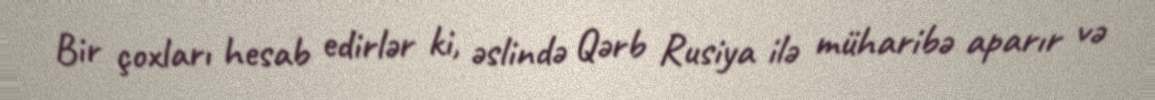
Bir çoxları hesab edirlər ki, əslində Qərb Rusiya ilə müharibə aparır və